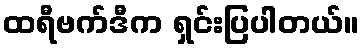
ထရီဗက်ဒီက ရှင်းပြပါတယ်။